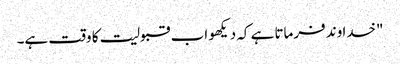
"خدا وند فرماتا ہے کہ دیکھو اب قبولیت کا وقت ہے۔